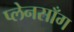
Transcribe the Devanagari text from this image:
प्लेनसाँग